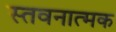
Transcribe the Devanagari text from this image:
स्तवनात्मक